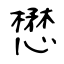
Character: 懋